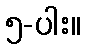
၅-ပါး။